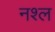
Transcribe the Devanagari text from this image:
नश्ल